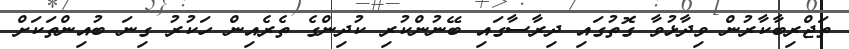
ތަޖްރިބާކާރުން ވިދާޅުވާ ގޮތުގައި ދިރާސާގައި ބޭނުންކުރި ކުދިންގެ ތެރެއިން ހަކުރު ގިނަ ބުއިންތަކަށް